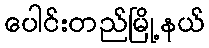
ပေါင်းတည်မြို့နယ်